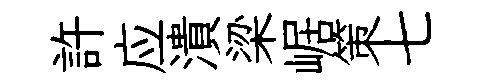
許应潰梁崌策七